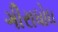
ગીરાધોધ